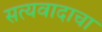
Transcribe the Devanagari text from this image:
सत्यवादाचा